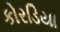
કોરડિયા